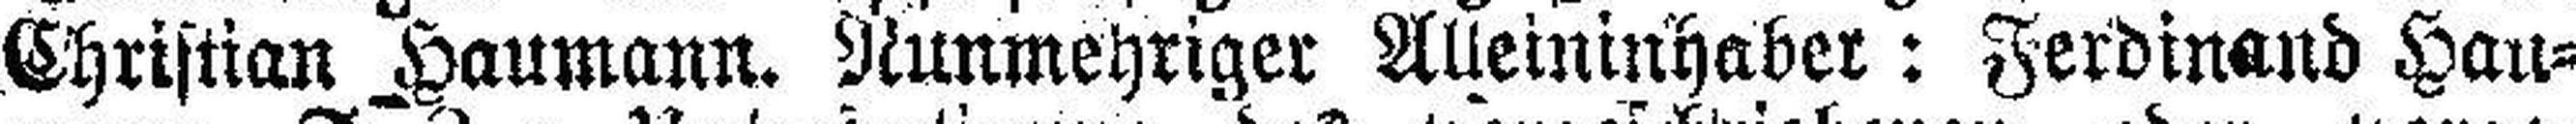
Christian Haumann. Nunmehriger Alleininhaber: Ferdinand Hau¬